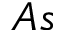
A s